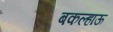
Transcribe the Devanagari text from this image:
बकल्हाऊ